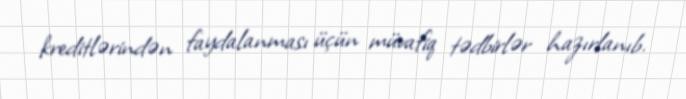
kreditlərindən faydalanması üçün müvafiq tədbirlər hazırlanıb.